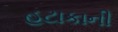
હટાકાની